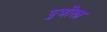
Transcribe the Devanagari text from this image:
पुत्रीरत्न